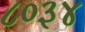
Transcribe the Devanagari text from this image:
८०३४